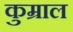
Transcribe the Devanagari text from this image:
कुम्राल